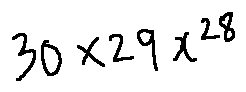
3 0 \times 2 9 x ^ { 2 8 }